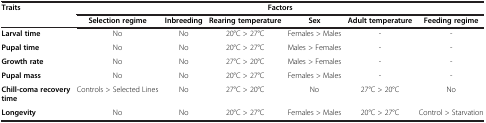
<table><thead><tr><td><b>Traits</b></td><td colspan="6"><b>Factors</b></td></tr><tr><td><b> </b></td><td><b>Selection regime</b></td><td><b>Inbreeding</b></td><td><b>Rearing temperature</b></td><td><b>Sex</b></td><td><b>Adult temperature</b></td><td><b>Feeding regime</b></td></tr></thead><tbody><tr><td><b>Larval time</b></td><td>No</td><td>No</td><td>20°C &gt; 27°C</td><td>Females &gt; Males</td><td>-</td><td>-</td></tr><tr><td><b>Pupal time</b></td><td>No</td><td>No</td><td>20°C &gt; 27°C</td><td>Males &gt; Females</td><td>-</td><td>-</td></tr><tr><td><b>Growth rate</b></td><td>No</td><td>No</td><td>27°C &gt; 20°C</td><td>Males &gt; Females</td><td>-</td><td>-</td></tr><tr><td><b>Pupal mass</b></td><td>No</td><td>No</td><td>20°C &gt; 27°C</td><td>Females &gt; Males</td><td>-</td><td>-</td></tr><tr><td><b>Chill-coma recovery time</b></td><td>Controls &gt; Selected Lines</td><td>No</td><td>27°C &gt; 20°C</td><td>No</td><td>27°C &gt; 20°C</td><td>No</td></tr><tr><td><b>Longevity</b></td><td>No</td><td>No</td><td>20°C &gt; 27°C</td><td>Females &gt; Males</td><td>20°C &gt; 27°C</td><td>Control &gt; Starvation</td></tr></tbody></table>